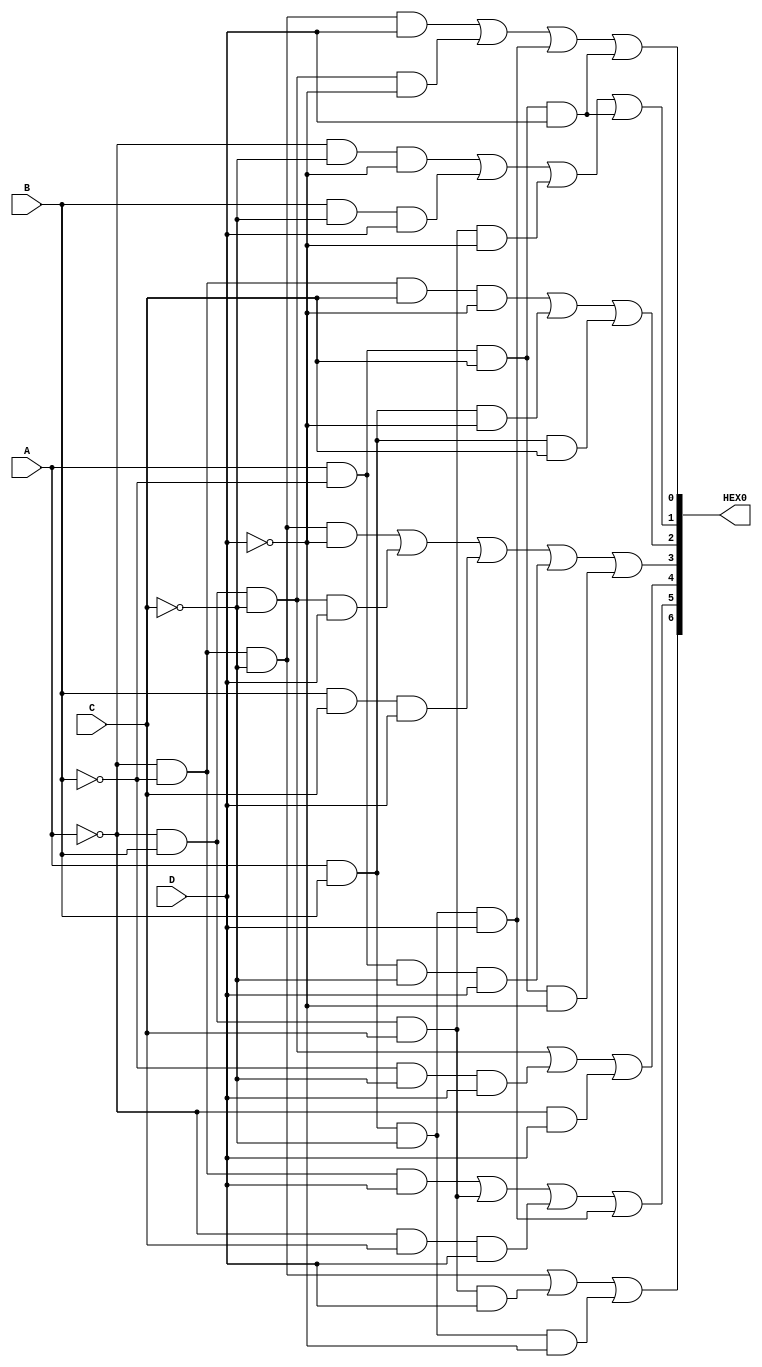
module sevenseg(HEX0, A, B, C, D);
    input A, B, C, D;
    output [6:0] HEX0;

    assign HEX0[0] = (~A & ~B & ~C & D) | (~A & B & ~C & ~D) | (A & B & ~C & D) | (A & ~B & C & D);
    assign HEX0[1] = (~A & ~C & ~D) | (B & ~C & D) |  (~A & B & C & ~D) | (A & ~B & C & D);
    assign HEX0[2] = (~A & ~B & C & ~D) | (A & B & ~D) | (A & B & C);
    assign HEX0[3] = (~A & ~B & ~C & ~D) | (~A & B & ~C & D) | (B & C & D) | (A & ~B & ~C & D) | (A & ~B & C & ~D);
    assign HEX0[4] = (~A & B & ~C) | (~B & ~C & D) | (~A & D);
    assign HEX0[5] = (~A & ~B & D) | (~A & B & C) | (~A & C & D) | (A & B & ~C & D);
    assign HEX0[6] = (~A & ~B & ~C) | (~A & B & C & D) | (A & B & ~C & ~D);
endmodule

module main(HEX0, SW);
    input [4:0] SW;
    output [6:0] HEX0;
    sevenseg h0(
        .HEX0(HEX0),
        .A(SW[0]),
        .B(SW[1]),
        .C(SW[2]),
        .D(SW[3])
    );
endmodule